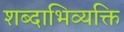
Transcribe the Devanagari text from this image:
शब्दाभिव्यक्ति